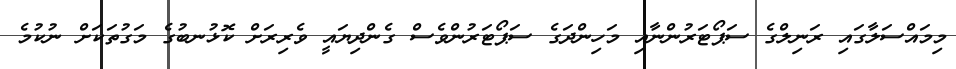
މިމައްސަލާގައި ރަނިލްގެ ސަޕޯޓަރުންނާއި މަހިންދަގެ ސަޕޯޓަރުންވެސް ގެންދިޔައީ ވެރިރަށް ކޮޅުނބުގެ މަގުތަކަށް ނުކުމެ